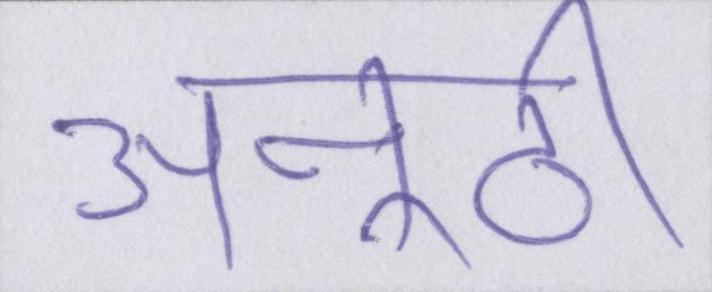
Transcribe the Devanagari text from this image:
अनूठी